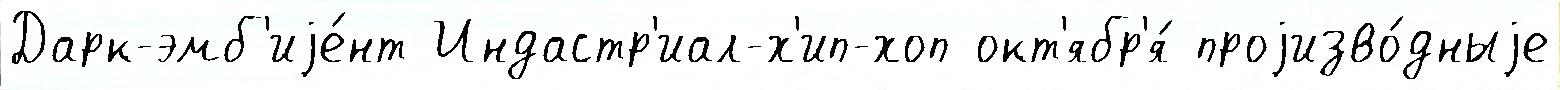
Дарк-эмб'иjе́нт Индастр'иал-х'ип-хоп окт'ябр'я́ проjизво́дныjе